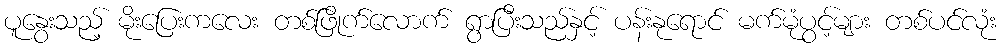
ပူနွေးသည့် မိုးပြေးကလေး တစ်ဖြိုက်လောက် ရွာပြီးသည်နှင့် ပန်းနုရောင် မက်မုံပွင့်များ တစ်ပင်လုံး